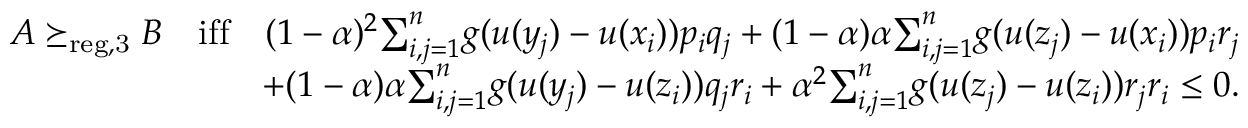
\begin{array} { r l r } & { } & { A \succeq _ { \mathrm { r e g , 3 } } B \quad \mathrm { i f f } \quad ( 1 - \alpha ) ^ { 2 } { \sum } _ { i , j = 1 } ^ { n } g ( u ( y _ { j } ) - u ( x _ { i } ) ) p _ { i } q _ { j } + ( 1 - \alpha ) \alpha { \sum } _ { i , j = 1 } ^ { n } g ( u ( z _ { j } ) - u ( x _ { i } ) ) p _ { i } r _ { j } } \\ & { } & { + ( 1 - \alpha ) \alpha { \sum } _ { i , j = 1 } ^ { n } g ( u ( y _ { j } ) - u ( z _ { i } ) ) q _ { j } r _ { i } + \alpha ^ { 2 } { \sum } _ { i , j = 1 } ^ { n } g ( u ( z _ { j } ) - u ( z _ { i } ) ) r _ { j } r _ { i } \leq 0 . } \end{array}